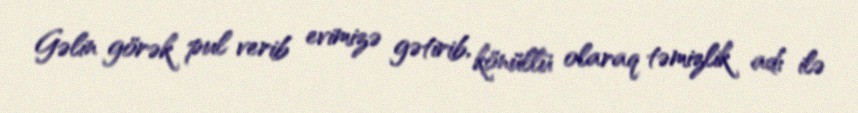
Gəlin görək pul verib evimizə gətirib, könüllü olaraq təmizlik adı ilə